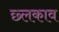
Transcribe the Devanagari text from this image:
छ्लकाव